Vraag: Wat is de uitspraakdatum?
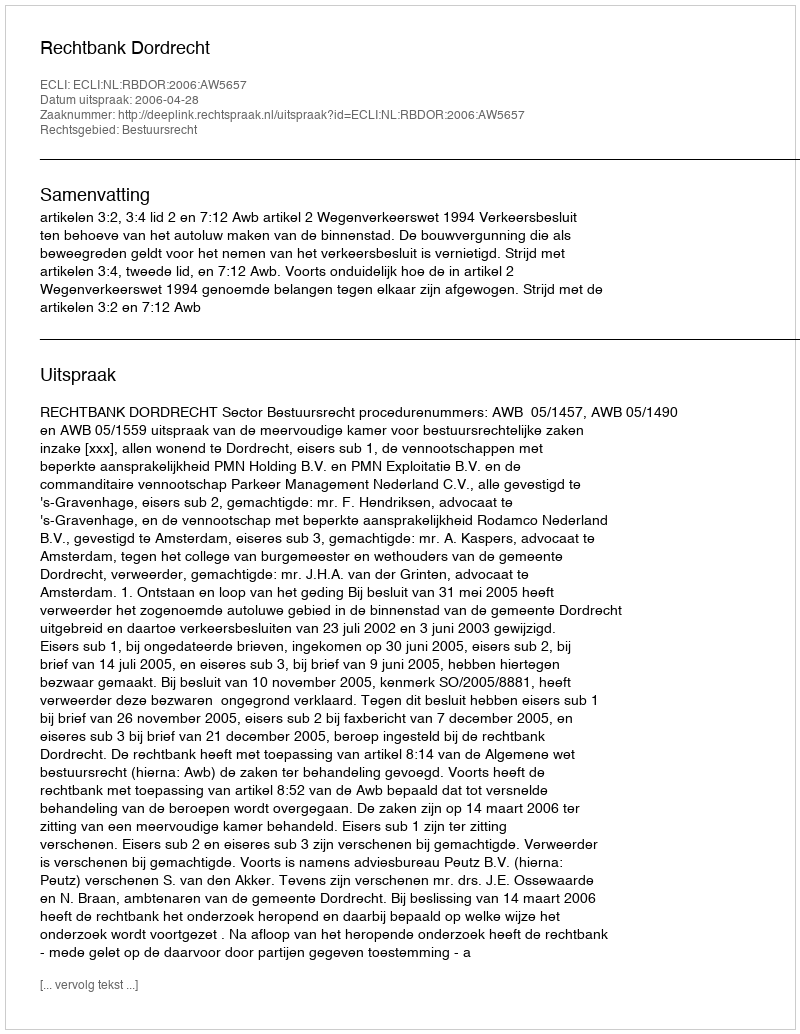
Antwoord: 2006-04-28